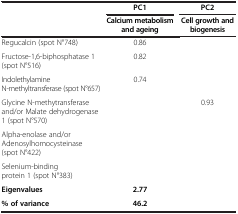
<table><thead><tr><td>[EMPTY_CELL]</td><td><b>PC1</b></td><td><b>PC2</b></td></tr><tr><td>[EMPTY_CELL]</td><td><b>Calcium metabolism and ageing</b></td><td><b>Cell growth and biogenesis</b></td></tr></thead><tbody><tr><td>Regucalcin (spot N°748)</td><td>0.86</td><td>[EMPTY_CELL]</td></tr><tr><td>Fructose-1,6-biphosphatase 1 (spot N°516)</td><td>0.82</td><td>[EMPTY_CELL]</td></tr><tr><td>Indolethylamine N-methyltransferase (spot N°657)</td><td>0.74</td><td>[EMPTY_CELL]</td></tr><tr><td>Glycine N-methytransferase and/or Malate dehydrogenase 1 (spot N°570)</td><td>[EMPTY_CELL]</td><td>0.93</td></tr><tr><td>Alpha-enolase and/or Adenosylhomocysteinase (spot N°422)</td><td>[EMPTY_CELL]</td><td>[EMPTY_CELL]</td></tr><tr><td>Selenium-binding protein 1 (spot N°383)</td><td>[EMPTY_CELL]</td><td>[EMPTY_CELL]</td></tr><tr><td><b>Eigenvalues</b></td><td><b>2.77</b></td><td>[EMPTY_CELL]</td></tr><tr><td><b>% of variance</b></td><td><b>46.2</b></td><td>[EMPTY_CELL]</td></tr></tbody></table>